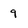
Character: q